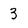
Character: 3